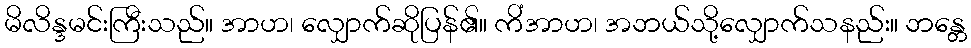
မိလိန္ဒမင်းကြီးသည်။ အာဟ၊ လျှောက်ဆိုပြန်၏။ ကိံအာဟ၊ အဘယ်သို့လျှောက်သနည်း။ ဘန္တေ